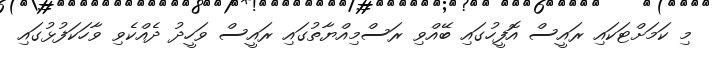
މި ކަމަށްޓަކައި ރައީސް އޮފީހުގައި ބޭއްވި ރަސްމިއްޔާތުގައި ރައީސް ވަހީދު ދެއްކެވި ވާހަކަފުޅުގައި